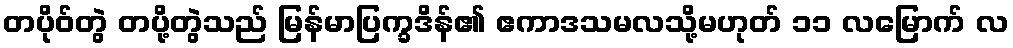
တပိုဝ်တွဲ တပို့တွဲသည် မြန်မာပြက္ခဒိန်၏ ဧကာဒသမလသို့မဟုတ် ၁၁ လမြောက် လ